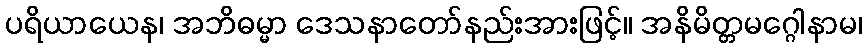
ပရိယာယေန၊ အဘိဓမ္မာ ဒေသနာတော်နည်းအားဖြင့်။ အနိမိတ္တမဂ္ဂေါနာမ၊